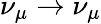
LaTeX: \nu_{\mu}\to\nu_{\mu}